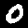
Digit: 0